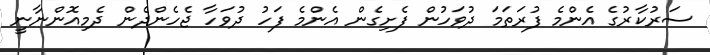
ސަރުކާރުގެ އެންމެ ފުރަތަމަ ދުވަހުން ފެށިގެން އެންމެ ފަހު ދުވަހާ ޖެހެންދެން ދެމިއޮންނާނީ